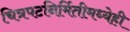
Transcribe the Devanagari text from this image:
चित्रपटनिर्मितीमध्येही